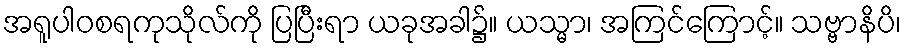
အရူပါဝစရကုသိုလ်ကို ပြပြီးရာ ယခုအခါ၌။ ယသ္မာ၊ အကြင်ကြောင့်။ သဗ္ဗာနိပိ၊